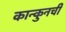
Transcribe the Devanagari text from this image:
कान्कुनची